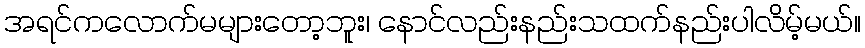
အရင်ကလောက်မများတော့ဘူး၊ နောင်လည်းနည်းသထက်နည်းပါလိမ့်မယ်။